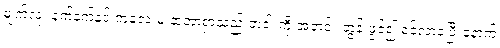
မျက်လုံး နက်နက်နှင့် ကလေးမ နာတာရှာသည် တံခါးကို အတင်း တွန်းဖွင့်၍ ဝင်လာခဲ့ပြီးနောက်